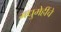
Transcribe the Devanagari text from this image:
मधुमेहींचे